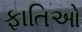
ફાતિઓ